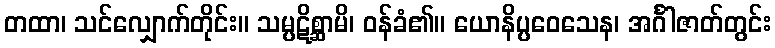
တထာ၊ သင်လျှောက်တိုင်း။ သမ္ပဋိစ္ဆာမိ၊ ဝန်ခံ၏။ ယောနိပ္ပဝေသေန၊ အင်္ဂါဇာတ်တွင်း